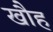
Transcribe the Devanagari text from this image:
खौह